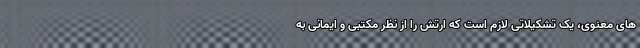
های معنوی، یک تشکیلاتی لازم است که ارتش را از نظر مکتبی و ایمانی به